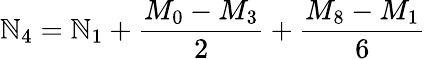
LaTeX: \mathbb{N}_{4}=\mathbb{N}_{1}+{\frac{{M_{0}-M_{3}}}{{2}}}+{\frac{{M_{8}-M_{1}}}{{6}}}